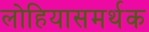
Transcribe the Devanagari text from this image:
लोहियासमर्थक